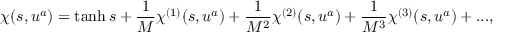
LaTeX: \chi ( s , u ^ { a } ) = \operatorname { t a n h } s + \frac { 1 } { M } \chi ^ { ( 1 ) } ( s , u ^ { a } ) + \frac { 1 } { M ^ { 2 } } \chi ^ { ( 2 ) } ( s , u ^ { a } ) + \frac { 1 } { M ^ { 3 } } \chi ^ { ( 3 ) } ( s , u ^ { a } ) + . . . ,